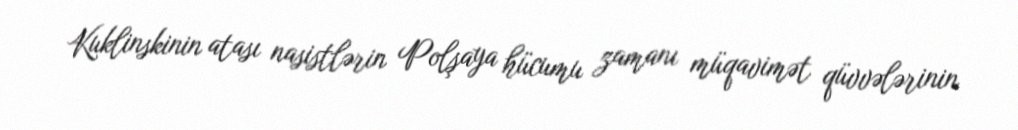
Kuklinskinin atası nasistlərin Polşaya hücumu zamanı müqavimət qüvvələrinin